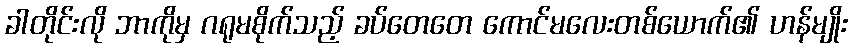
ခါတိုင်းလို ဘာကိုမှ ဂရုမစိုက်သည့် ခပ်တေတေ ကောင်မလေးတစ်ယောက်၏ ဟန်မျိုး